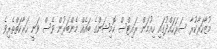
މުޒާހަރާކުރާ ސަރަހައްދުގައި ހިއުމަން ރައިޓްސް ކޮމިޝަންގެ ބައެއް މެންބަރުން ވެސް ވަނީ ހަރާކަތްތެރިވެ